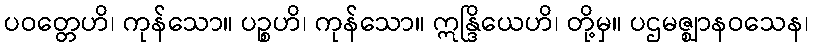
ပဝတ္တေဟိ၊ ကုန်သော။ ပဉ္စဟိ၊ ကုန်သော။ ဣန္ဒြိယေဟိ၊ တို့မှ။ ပဌမဇ္ဈာနဝသေန၊